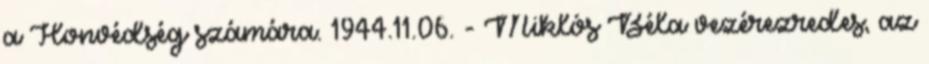
a Honvédség számára. 1944.11.06. - Miklós Béla vezérezredes, az